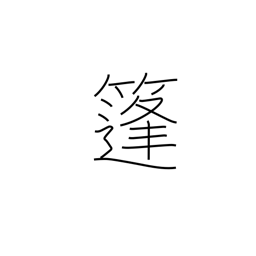
Meaning: woven rush awning